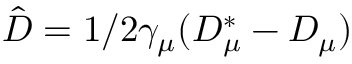
\hat { D } = 1 / 2 \gamma _ { \mu } ( D _ { \mu } ^ { * } - D _ { \mu } )